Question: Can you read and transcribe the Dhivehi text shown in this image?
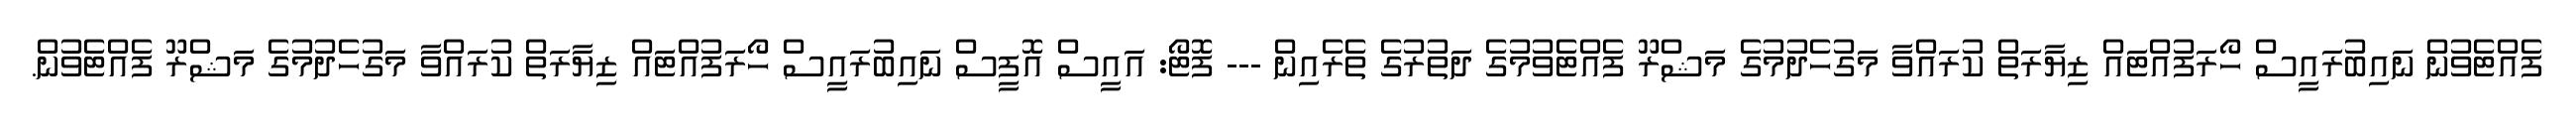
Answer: ފެއްޓެވުން ނައިބުރައީސް ހޯރަފުއްޓައް ޒިޔާރަތް ކުރައްވާ މަގުހެދުމުގެ މަޝްރޫ ފެއްޓެވުމުގެ ދަތުރުގެ ތެރެއިން --- ފޮޓޯ: އައީސް އޮފީސް ނައިބުރައީސް ހޯރަފުއްޓައް ޒިޔާރަތް ކުރައްވާ މަގުހެދުމުގެ މަޝްރޫ ފެއްޓެވުން.